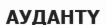
АУДАНТҮ